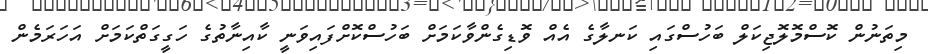
މިތަނުން ކޮސްމޮލޮޖިކަލް ބަހުސްގައި ކަނލާގެ އެއް ވޮޑިގެންވާކަމަށް ބަހުސްކޮށްފައިވަނީ ކާއިނާތުގެ ހަގީގަތްކަމަށް އަހަރަމެން